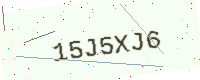
Text: 15J5XJ6